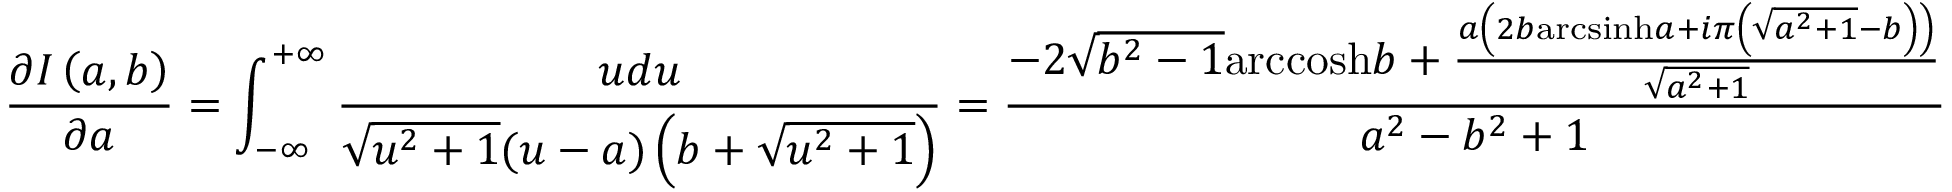
\frac { \partial I \left( a , b \right) } { \partial a } = \int _ { - \infty } ^ { + \infty } { \frac { u d u } { \sqrt { { { u } ^ { 2 } } + 1 } ( u - a ) \left( b + \sqrt { { { u } ^ { 2 } } + 1 } \right) } } = \frac { - 2 \sqrt { { { b } ^ { 2 } } - 1 } \mathrm { a r c c o s h } b + \frac { a \left( 2 b \mathrm { a r c s i n h } a + i \pi \left( \sqrt { { { a } ^ { 2 } } + 1 } - b \right) \right) } { \sqrt { { { a } ^ { 2 } } + 1 } } } { { { a } ^ { 2 } } - { { b } ^ { 2 } } + 1 }